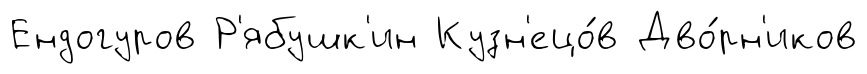
Ендогуров Р'ябушк'ин Кузн'ецо́в Дво́рн'иков